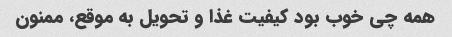
همه چی خوب بود کیفیت غذا و تحویل به موقع، ممنون